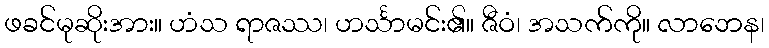
ဖခင်မုဆိုးအား။ ဟံသ ရာဇဿ၊ ဟင်္သာမင်း၏။ ဇီဝံ၊ အသက်ကို။ လာဘေန၊